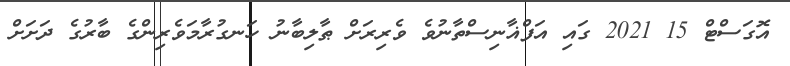
އޮގަސްޓް 15 2021 ގައި އަފްޣާނިސްތާނުވެ ވެރިރަށް ޠާލިބާނު ހަނގުރާމަވެރިންގެ ބާރުގެ ދަށަށް